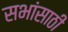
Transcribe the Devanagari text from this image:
सभांसाठी